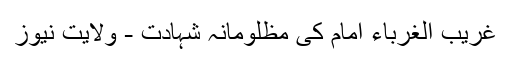
غریب الغرباء امام کی مظلومانہ شہادت - ولایت نیوز